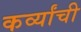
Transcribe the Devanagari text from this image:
कर्व्यांची